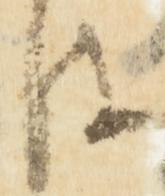
は